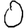
Digit: 0